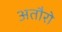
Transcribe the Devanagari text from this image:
अतौरो